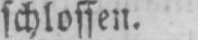
schlossen.